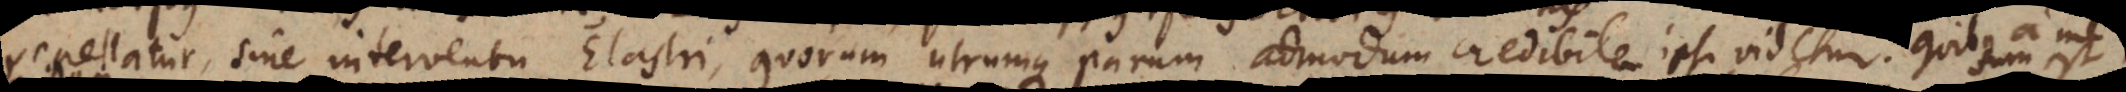
repellatur, sine interventu Elastri, quorum utrumque parum admodum credibile ipsi videtur. Quibus a